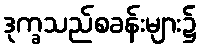
ဒုက္ခသည်စခန်းများ၌